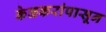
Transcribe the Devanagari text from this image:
केळकरांपासून